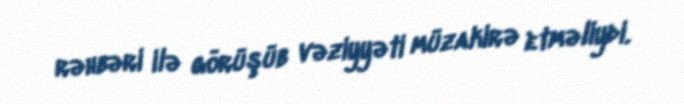
rəhbəri ilə görüşüb vəziyyəti müzakirə etməliydi.